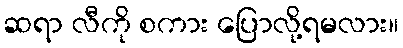
ဆရာ လီကို စကား ပြောလို့ရမလား။